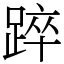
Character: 踤